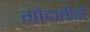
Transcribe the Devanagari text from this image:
गोदातीरीं